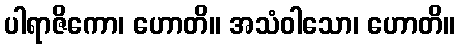
ပါရာဇိကော၊ ဟောတိ။ အသံဝါသော၊ ဟောတိ။